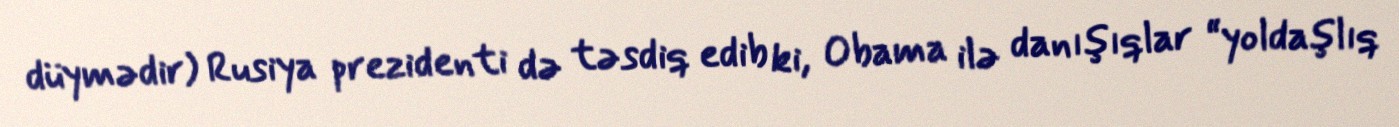
düymədir) Rusiya prezidenti də təsdiq edib ki, Obama ilə danışıqlar “yoldaşlıq